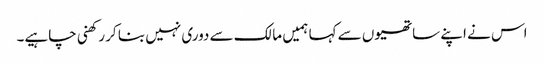
اس نے اپنے ساتھیوں سے کہا ہمیں مالک سے دوری نہیں بنا کر رکھنی چاہیے۔